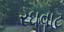
રઘવાટ